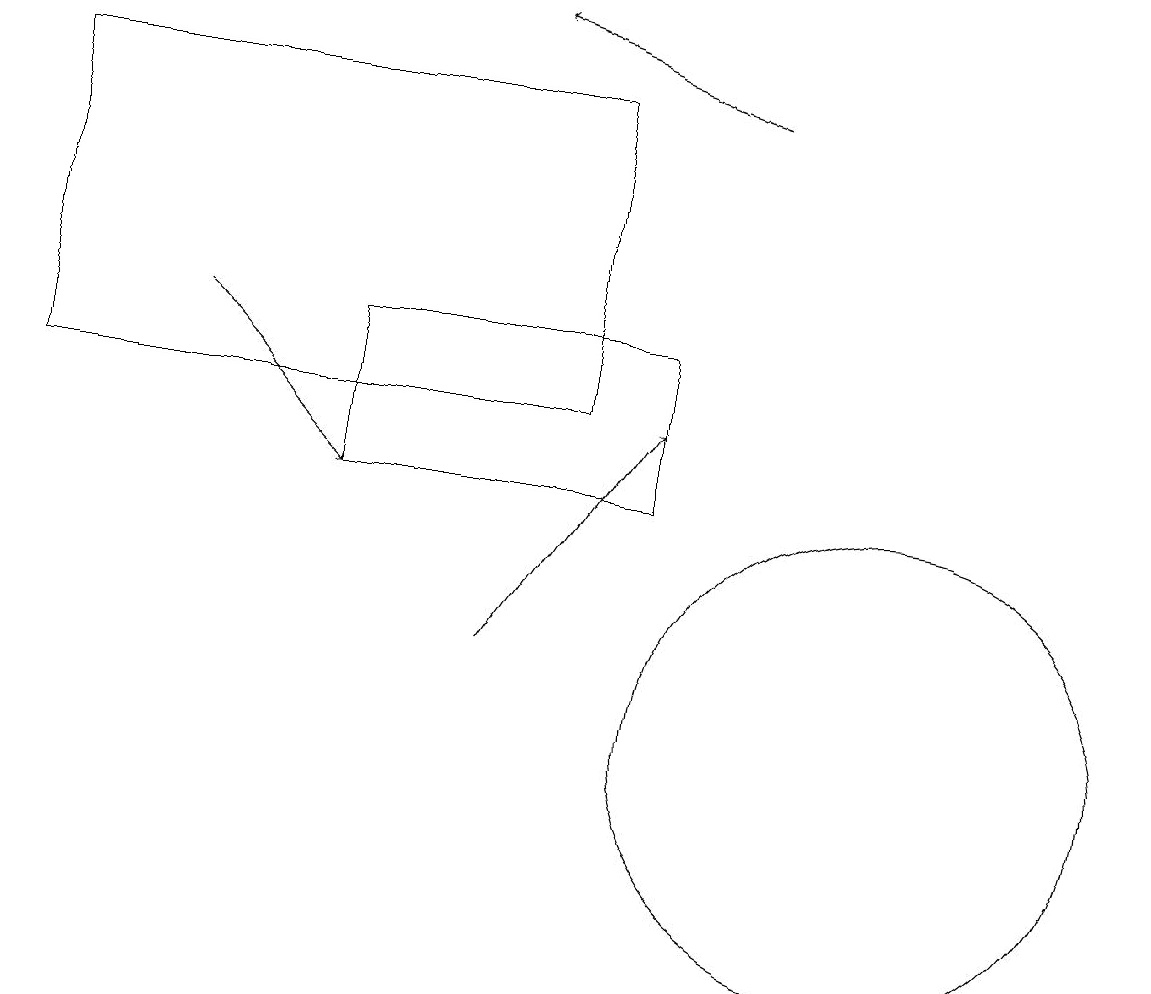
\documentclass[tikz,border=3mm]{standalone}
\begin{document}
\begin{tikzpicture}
\draw (7,14) rectangle (0,18);
\draw[->] (6,11) -- (8,14);
\draw[->] (9,18) -- (6,19);
\draw (8,13) rectangle (4,15);
\draw (11,10) circle (3);
\draw[->] (2,15) -- (4,13);
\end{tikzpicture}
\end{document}